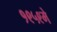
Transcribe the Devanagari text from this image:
१९५९मे